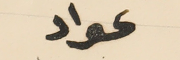
عواد